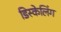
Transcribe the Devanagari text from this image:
डिस्केलिंग